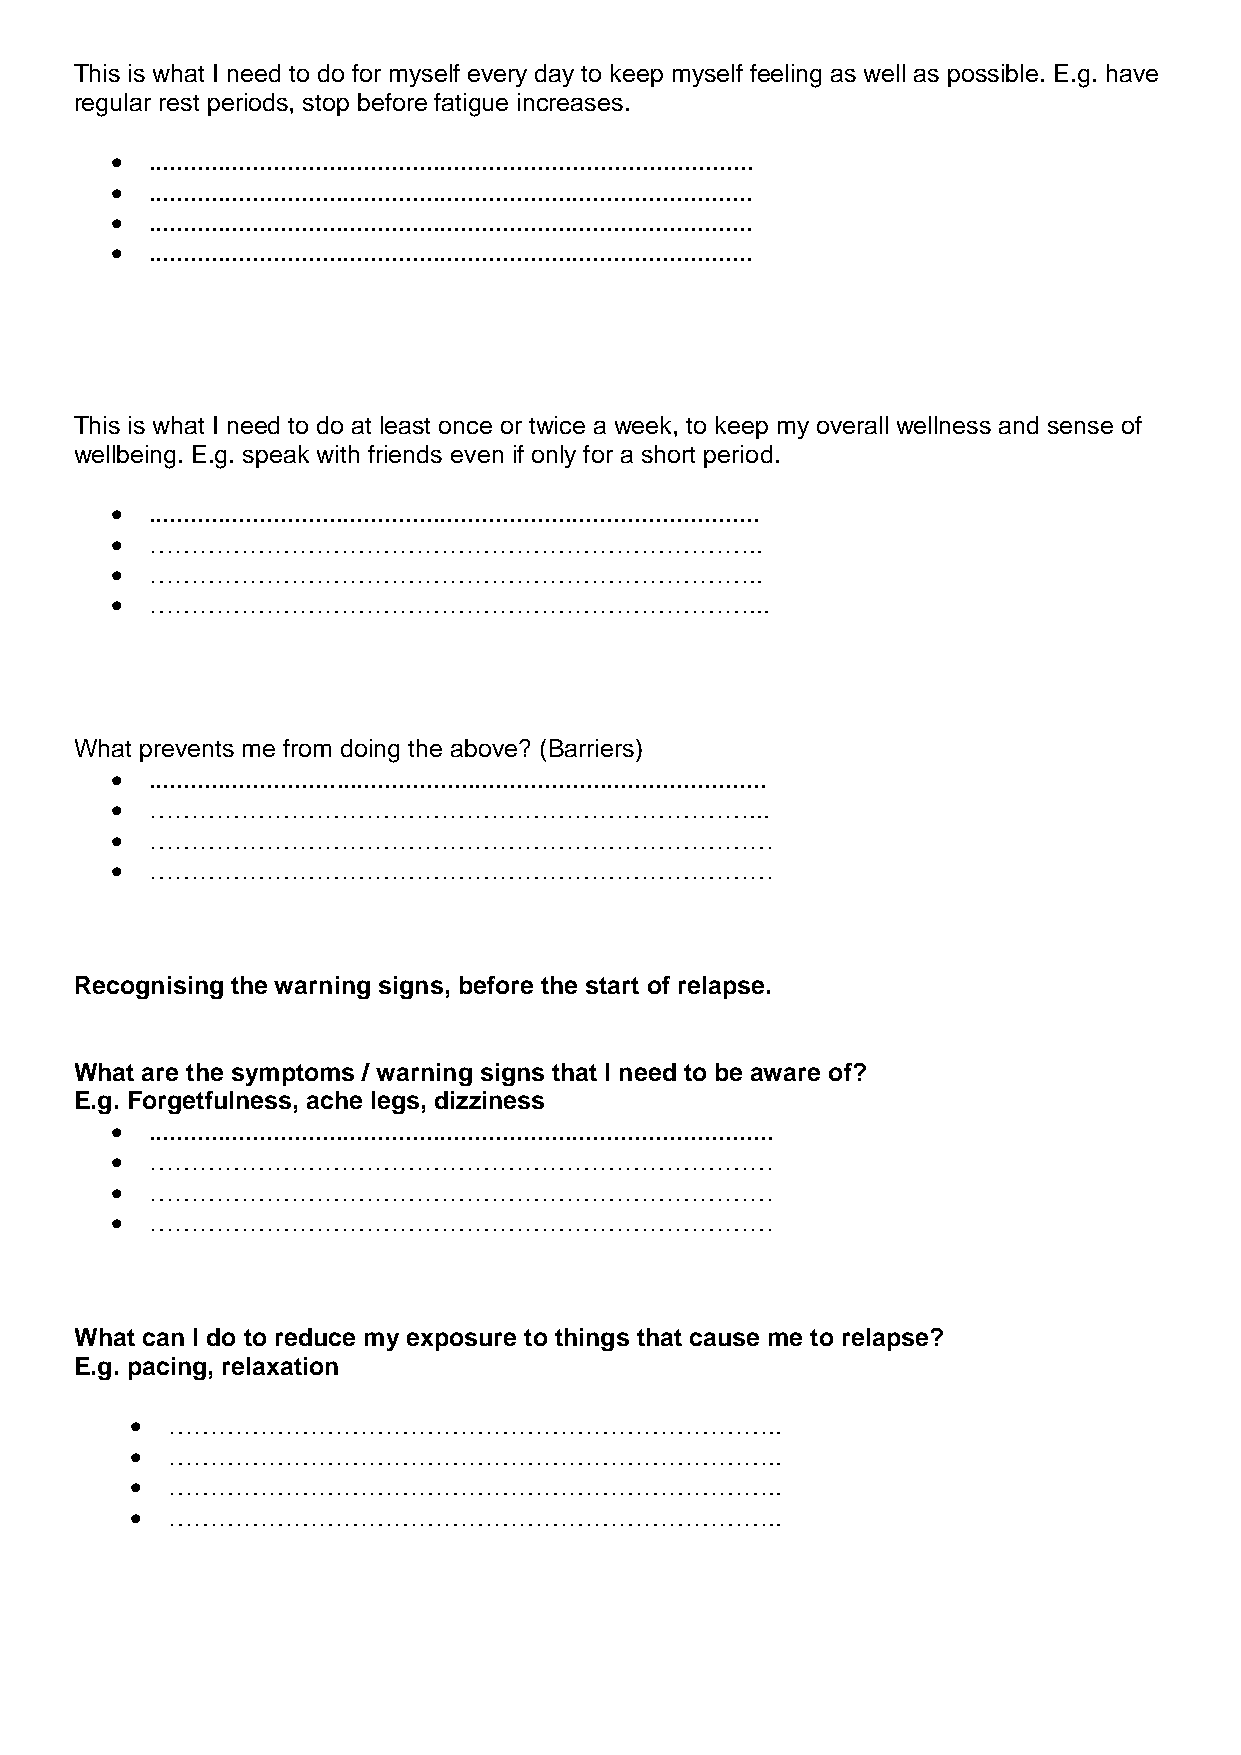
This is what I need to do for myself every day to keep myself feeling as well as possible. E.g. have
 regular rest periods, stop before fatigue increases.
   .......................................................................................
   .......................................................................................
   .......................................................................................
   .......................................................................................
 This is what I need to do at least once or twice a week, to keep my overall wellness and sense of
 wellbeing. E.g. speak with friends even if only for a short period.
   ........................................................................................
   ………………………………………………………………..
   ………………………………………………………………..
   ………………………………………………………………...
 What prevents me from doing the above? (Barriers)
   .........................................................................................
   ………………………………………………………………...
   …………………………………………………………………
   …………………………………………………………………
 Recognising the warning signs, before the start of relapse.
 What are the symptoms / warning signs that I need to be aware of?
 E.g. Forgetfulness, ache legs, dizziness
   ..........................................................................................
   …………………………………………………………………
   …………………………………………………………………
   …………………………………………………………………
 What can I do to reduce my exposure to things that cause me to relapse?
 E.g. pacing, relaxation
  ………………………………………………………………..
  ………………………………………………………………..
  ………………………………………………………………..
  ………………………………………………………………..